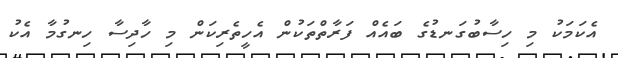
އެކަމަކު މި ހިސާބުގަނޑުގެ ބައެއް ފަރާތްތަކުން އެހީތެރިކަން މި ހާދިސާ ހިނގުމާ އެކު